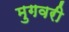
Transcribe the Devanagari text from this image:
मुगवरी